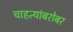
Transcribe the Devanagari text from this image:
चाहत्यांबरोबर